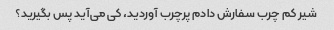
شیر کم چرب سفارش دادم پرچرب آوردید، کی می‌آید پس بگیرید؟